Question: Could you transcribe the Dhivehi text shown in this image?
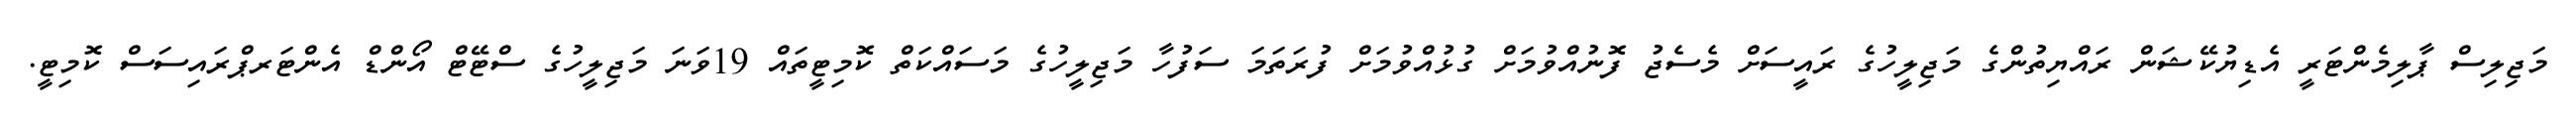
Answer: މަޖިލިސް ޕާލިމެންޓަރީ އެޑިޔުކޭޝަން ރައްޔިތުންގެ މަޖިލީހުގެ ރައީސަށް މެސެޖު ފޮނުއްވުމަށް ގުޅުއްވުމަށް ފުރަތަމަ ސަފުހާ މަޖިލީހުގެ މަސައްކަތް ކޮމިޓީތައް 19ވަނަ މަޖިލީހުގެ ސްޓޭޓް އޯންޑް އެންޓަރޕްރައިސަސް ކޮމިޓީ.